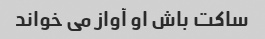
ساکت باش او آواز می خواند